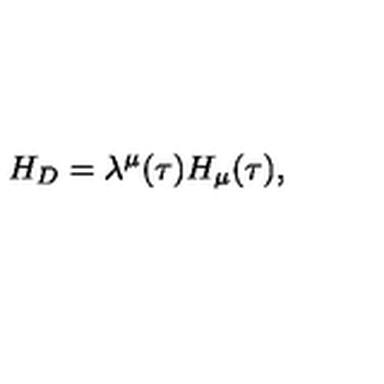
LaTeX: H _ { D } = \lambda ^ { \mu } ( \tau ) H _ { \mu } ( \tau ) ,